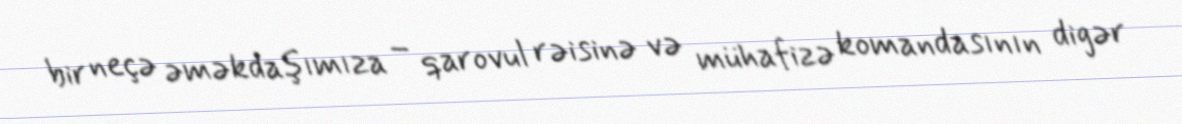
bir neçə əməkdaşımıza – qarovul rəisinə və mühafizə komandasının digər